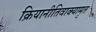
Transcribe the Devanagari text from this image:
क्रियानीतिवाक्यामृत